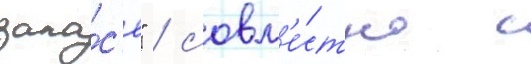
запа́с'е" / совм'е́стно с